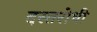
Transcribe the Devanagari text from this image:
दस्तरोधी